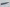
Text: -